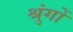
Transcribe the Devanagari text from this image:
श्रुंगों